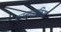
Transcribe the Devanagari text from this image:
परस्परकिया